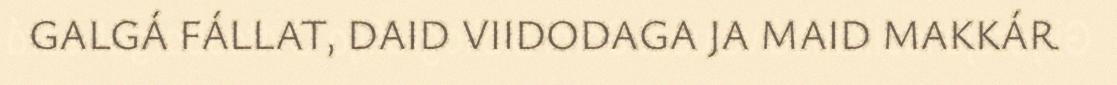
GALGÁ FÁLLAT, DAID VIIDODAGA JA MAID MAKKÁR